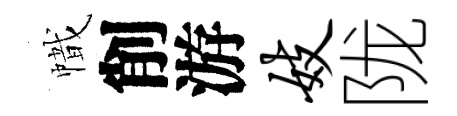
幟削游妓陇